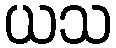
ယသ